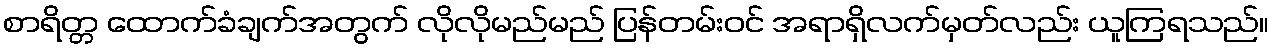
စာရိတ္တ ထောက်ခံချက်အတွက် လိုလိုမည်မည် ပြန်တမ်းဝင် အရာရှိလက်မှတ်လည်း ယူကြရသည်။